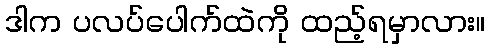
ဒါက ပလပ်ပေါက်ထဲကို ထည့်ရမှာလား။